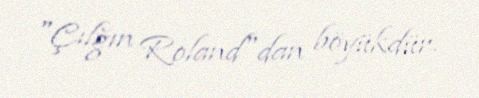
"Çılğın Roland"dan böyükdür.